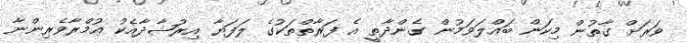
ވަރަށް ގާތުން މިކަން ބައްލަވަމުން ގެންދާތީ އެ ފަރާތްތަކުގެ ލަފަޔާ އިރުޝާދާއެކު އުމްރާވެރިންނާ